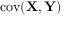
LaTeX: \operatorname { c o v } ( \mathbf { X } , \mathbf { Y } )